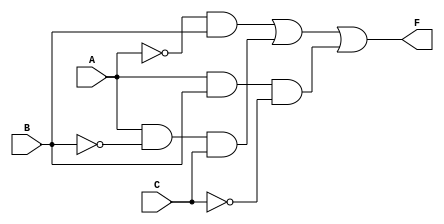
module combinational_logic (
    input wire A,   // Input A
    input wire B,   // Input B
    input wire C,   // Input C
    output wire F   // Output F
);

    // Internal signals for the essential prime implicants
    wire P1; // A'B
    wire P2; // AB'C
    wire P3; // ABC'

    // Implementing the essential prime implicants using AND gates
    assign P1 = ~A & B;       // A'B
    assign P2 = A & ~B & C;   // AB'C
    assign P3 = A & B & ~C;   // ABC'

    // Combining the essential prime implicants using OR gate
    assign F = P1 | P2 | P3;  // F = A'B + AB'C + ABC'

endmodule